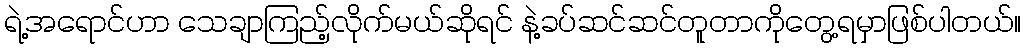
ရဲ့အရောင်ဟာ သေချာကြည့်လိုက်မယ်ဆိုရင် နဲ့ခပ်ဆင်ဆင်တူတာကိုတွေ့ရမှာဖြစ်ပါတယ်။